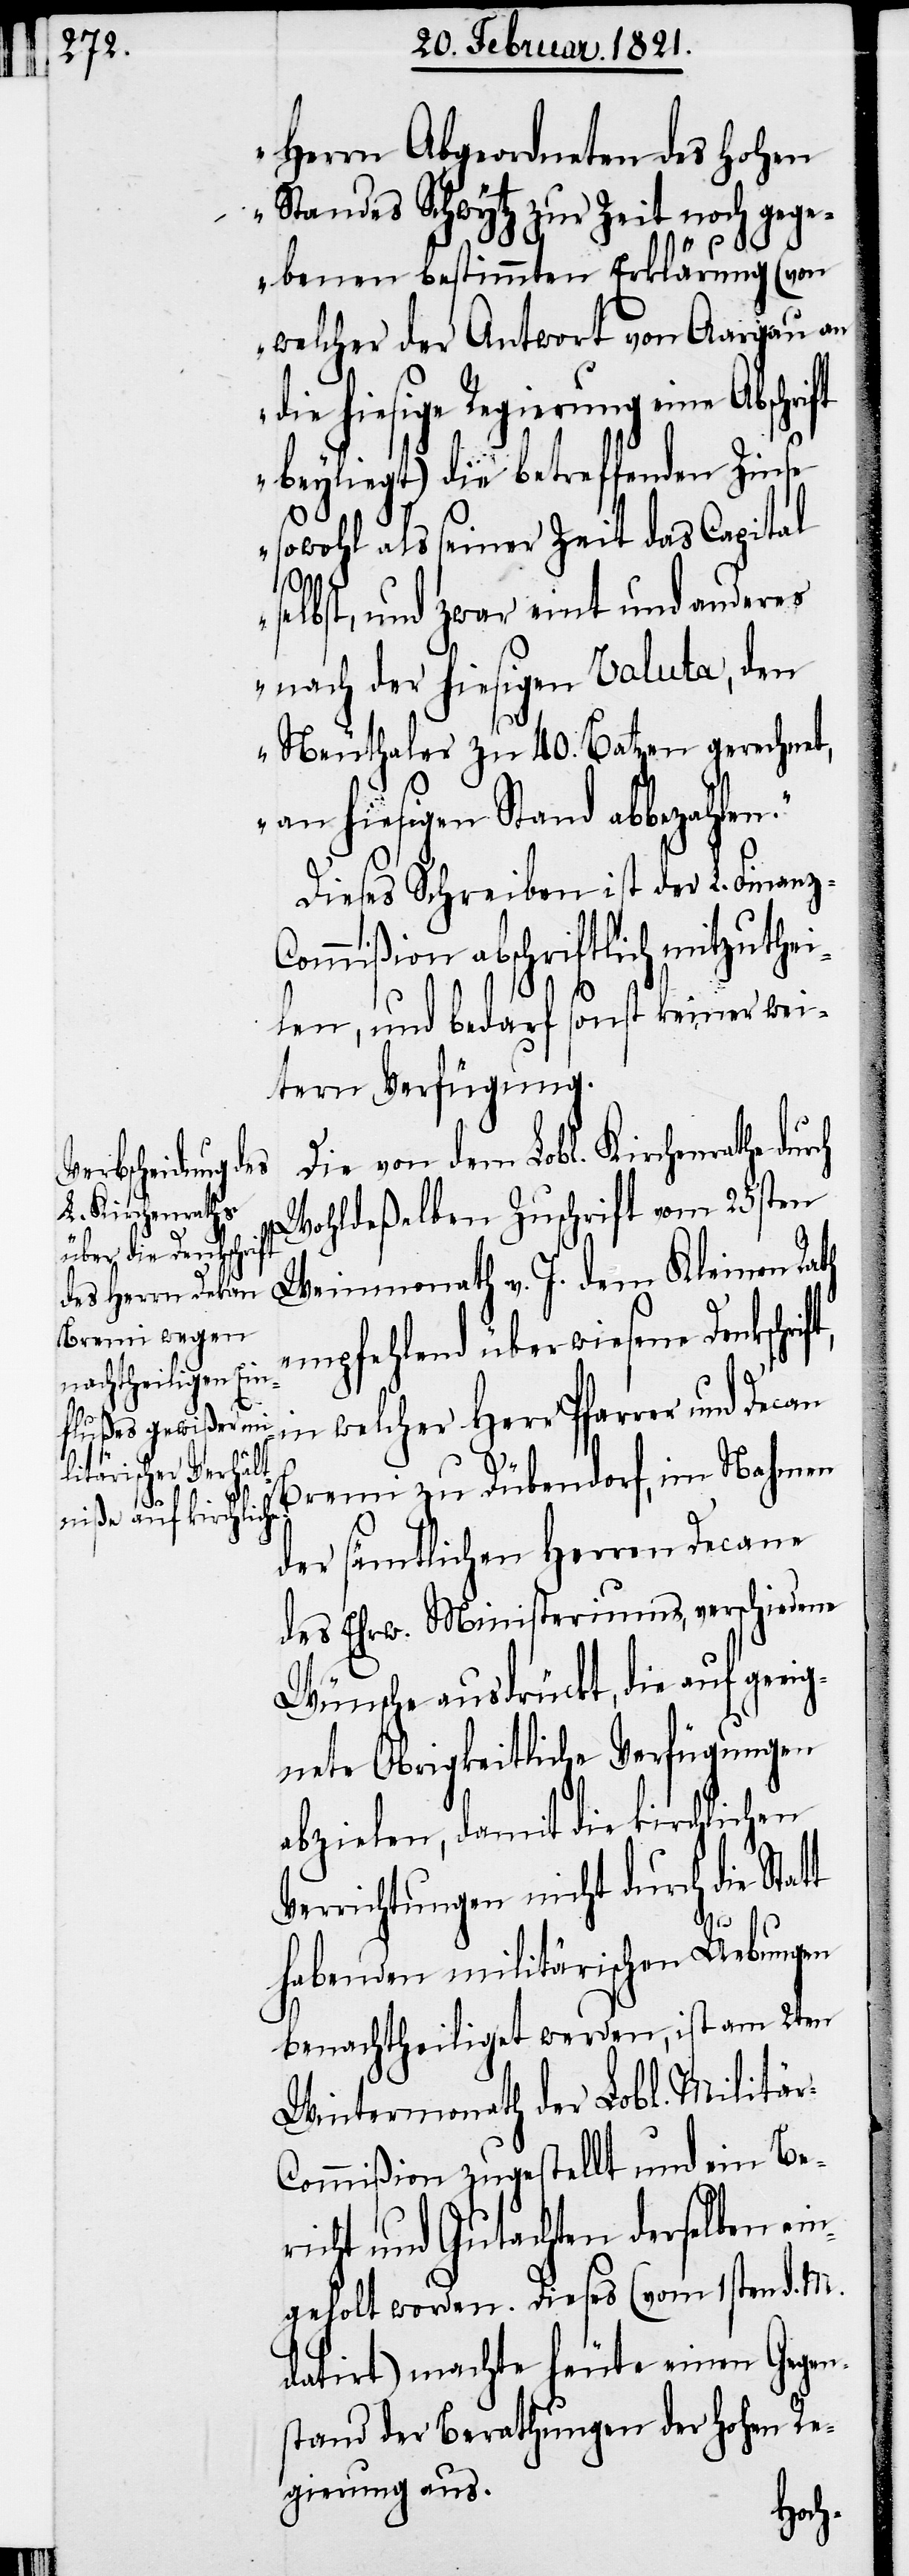
Herrn Abgeordneten des hohen
Standes Schwytz zur Zeit noch gege¬
n.“
benen bestimmten Erklärung (von
welcher der Antwort von Aargau an
ie hiesige Regierung eine
beyliegt) die betreffenden Zinse
sowohl als seiner Zeit das Capital
selbst, und zwar eint und anderes
nach der hiesigen Valuta, den
Neuthaler zu 40. Batzen gerechnet,
an hiesigen Stand abbezahle¬
Dieses Schreiben ist der L. Finanz-C¬
ommißion abschriftlich mitzuthei¬
len, und bedarf sonst keiner wei¬
tern Verfügung.
Die von dem Lobl. Kirchenrath dur¬
Wohldeßelben Zuschrift vom 25sten
Weinmonath v. J. dem Kleinen Rath
empfehlend überwiesene Denkschr¬
in welcher Herr Pfarrer und
Decan Bruni zu Dübendorf, im Nahmen
der sämmtlichen Herren Decane
des Ehrw. Ministeriums, verschiedene
Wünsche ausdrückt, die auf geeig¬
nete Obrigkeitliche Verfügungen
abzielen, damit die kirchlichen
Verrichtungen nicht durch die Stat¬
t
habenden militärischen Uebungen
benachtheiligt werden, ist am 2ten
Wintermonath der Lobl. Militä¬
r-Commißion zugestellt und ein Be¬
richt und Gutachten derselben ein¬
geholt worden. Dieses (vom 1sten d. M.
datirt) machte heute einen Gegen¬
stand der Berathung der hohen Re¬
gierung aus.
ift,